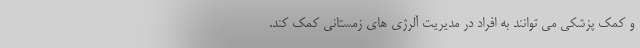
و کمک پزشکی می توانند به افراد در مدیریت آلرژی های زمستانی کمک کند.